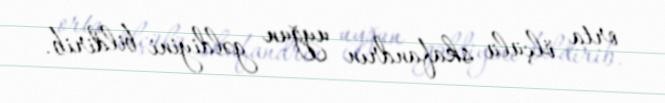
orta ölçülü skafandrın uyğun gəldiyini bildirib.